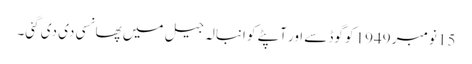
15 نومبر 1949 کو گوڈسے اور آپٹے کو انبالہ جیل میں پھانسی دی دی گئی۔